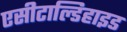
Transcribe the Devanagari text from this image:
एसीटाल्डिहाइड